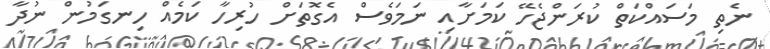
ނެތި މަސައްކަތް ކުރަންޖެހޭ ކަމަށާއި ނަމަވެސް އެގޮތަށް ހުރިހާ ކަމެއް ހިނގަމުން ނުދާ